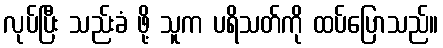
လုပ်ပြီး သည်းခံ ဖို့ သူက ပရိသတ်ကို ထပ်ပြောသည်။